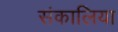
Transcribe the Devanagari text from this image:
संकालिया